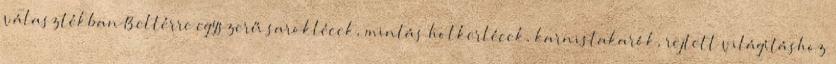
választékban Beltérre egyszerű saroklécek, mintás holkerlécek, karnistakarók, rejtett világításhoz